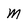
Character: M